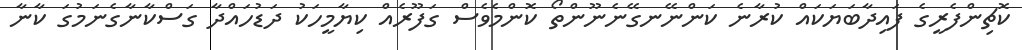
ކޮޗިންފެރީގެ ފައިދާބަޔަކައް ކުރާނެ ކަންނޭނގޭނެނޫންތޯ ކޮންމެވެސް ގަފޫރެއް ކިޔާމީހަކު ދަޑުހައްދާ ގަސްކާނާގެނަމުގަ ކާނާ